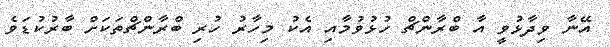
އޭނާ ވިދާޅުވީ އާ ބްރާންޗް ހުޅުވުމާއި އެކު މިހާރު ހުރި ބްރާންޗްތަކަށް ބާރުކުޑަވެ